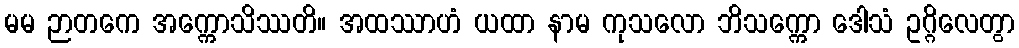
မမ ဉာတကေ အက္ကောသိဿတိ။ အထဿာဟံ ယထာ နာမ ကုသလော ဘိသက္ကော ဒေါသံ ဥဂ္ဂိလေတွာ